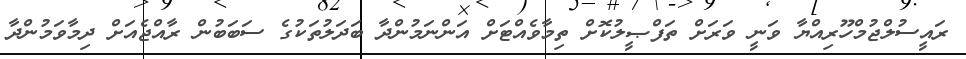
ރައީސުލްޖުމްހޫރިއްޔާ ވަނީ ވަރަށް ތަފްޞީލުކޮށް ތިމާވެއްޓަށް އަންނަމުންދާ ބަދަލުތަކުގެ ސަބަބުން ރާއްޖެއަށް ދިމާވަމުންދާ